Annual report on the working of the mental hospitals in the Madras Presidency - 1912-1932
Year: 1912
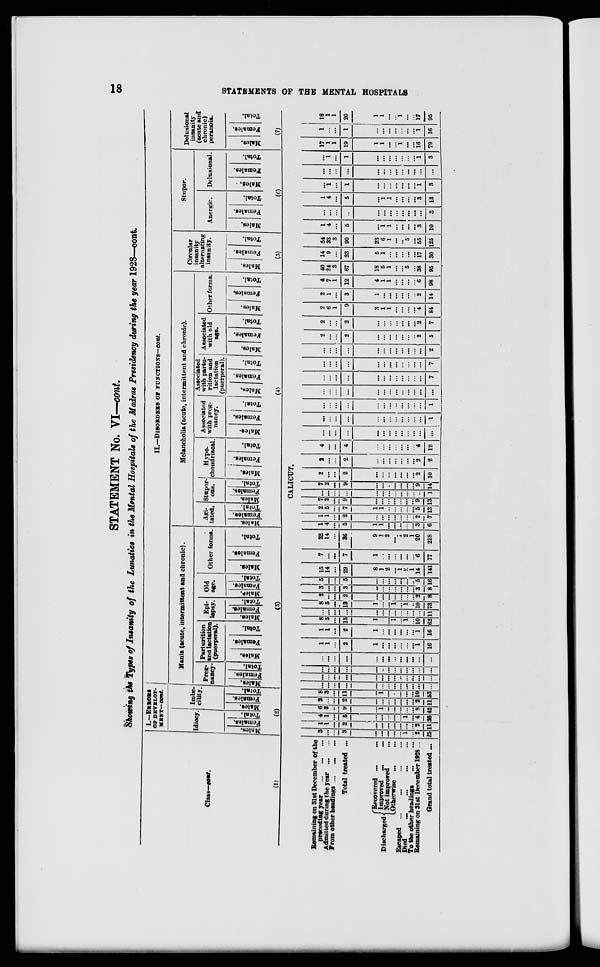
18
STATEMENTS OF THE MENTAL HOSPITALS
STATEMENT No. VI—cont.
Showing the Types of Insanity of the Lunatics in the Mental Hospitals of the Madras Presidency during the year 1928—cont.
Class—cont.
(1)
I.—ERRORS
OF DEVELOP
MENT—cont.
Idiocy
Males.
Females.
Total.
Imbe¬
cility.
Males.
Females.
Total.
(2)
II.—DISORDERS OF FUNCTIONS—cont.
Mania (acute, intermittent and chronic).
Preg-
nancy
Males.
Females.
Total.
Parturition
and lactation
(puerperal).
Males.
Females.
Total.
Epi¬
lepsy.
Males.
Females.
Total.
Old
age.
Males.
Females.
Total.
Other forms.
Males.
Females.
Total.
(3)
Melancholia (acute, intermittent and chronic).
Agi-
-ated.
Mal es . Femal es .
Total.
Stupor¬
ous.
Mal es .
Femal es .
Total.
Hypo-
chondriacal.
Males.
Females.
Total.
Associated
with preg-
nancy.
Males.
Females.
Total.
Associated
with partu-
rition and
lactation
(puerperal).
Males.
Females.
Total.
Associated
with old
age.
Males.
Females.
Total.
Other forms.
Males.
Females.
Total.
(4)
Circular
insanity
alternating
insanity.
Males.
Females.
Total.
(5)
Stupor.
Anergic.
Males.
Females.
Total.
Delusional.
Males.
Females.
Total.
(6)
Delusional
insanity
(acute and
chronic)
peranoia.
Males.
Females.
Total.
(7)
CALICUT.
Remaining on 31st December of the
preceding year ... ... ... ...
Admitted during the year ... ...
From other handings ... ... ...
Total treated ...
Discharged
Recovered ... ...
Improved ... ...
Not improved
...
Otherwise ... ...
Escaped
...
...
...
...
Died.
...
...
...
...
To the other headings
... ...
Remaining on 31st December 1928...
Grand total treated
3
...
...
3
...
...
...
...
...
1
...
2
25
1
1
...
2
...
...
...
...
...
...
...
2
11
4
1
...
5
...
...
...
...
...
1
...
4
36
6
3
...
9
...
1
...
...
...
...
...
8
42
2
...
...
2
...
...
...
...
...
...
...
2
11
8
3
...
11
...
1
...
...
...
...
...
10
53
...
...
...
...
...
...
...
...
...
...
...
...
...
...
...
...
...
...
...
...
...
...
...
...
...
...
...
...
...
...
...
...
...
...
...
...
...
...
...
...
...
...
...
...
...
...
...
...
...
...
...
...
1
1
...
2
1
...
...
...
...
...
...
1
16
1
1
...
2
1
...
...
...
...
...
...
1
16
8
5
...
13
1
...
...
...
...
1
...
10
62
...
...
...
...
...
...
...
...
...
...
...
...
11
8
5
...
13
1
...
...
1
...
1
..
10
73
2
...
...
2
...
...
...
...
...
...
...
2
8
3
...
...
3
...
...
...
...
...
...
...
3
8
5
...
...
5
...
...
...
...
...
...
...
5
16
15
14
...
29
8
1
2
...
1
2
1
14
141
7
...
...
7
1
...
...
...
...
...
...
6
77
22
14
...
36
9
1
2
...
1
2
1
20
218
1
4
...
5
1
1
...
...
...
...
...
3
6
1
1
...
2
...
...
...
...
...
...
...
2
7
2
5
...
7
...
1
...
...
...
...
...
5
13
7
2
...
9
...
...
...
...
...
...
...
9
13
...
...
...
...
...
...
...
...
...
...
..
1
7
2
...
9
...
...
...
...
...
...
...
9
14
2
...
...
2
...
...
...
...
...
...
...
2
10
2
...
...
2
...
...
...
...
...
...
...
2
2
4
...
...
4
...
...
...
...
...
...
...
4
12
...
...
...
...
...
...
...
...
...
...
...
...
...
...
...
...
...
...
...
...
...
...
...
...
1
...
...
...
...
...
...
...
...
...
...
...
...
1
...
...
...
...
...
...
...
...
...
...
...
...
...
...
...
...
...
...
...
...
...
...
...
...
7
...
...
...
...
...
...
...
...
...
...
...
...
7
...
...
...
...
...
...
...
...
...
...
...
2
2
...
...
2
...
...
...
...
...
...
2
5
2
...
...
2
...
...
...
...
...
...
2
7
2
6
1
9
3
1
1
...
...
...
...
4
84
2
1
...
3
1
...
...
...
...
...
2
14
4
7
1
12
4
1
1
...
...
...
...
6
98
40
24
3
67
18
5
1
...
...
5
...
38
95
14
9
...
23
5
1
...
...
...
...
...
17
30
54
33
3
90
23
6
1
...
...
5
...
55
125
1
4
...
5
...
1
1
...
...
...
3
10
...
...
...
..
...
...
...
...
...
...
...
3
1
4
...
5
...
1
1
...
...
...
...
3
13
...
1
...
1
...
...
...
...
...
...
...
1
3
...
...
...
...
...
...
...
...
...
...
...
...
...
...
1
...
1
...
...
...
...
...
...
...
1
3
17
1
1
19
1
1
...
...
1
...
...
16
79
1
...
...
1
...
...
...
...
...
...
...
1
16
18
1
1
20
1
1
...
...
1
...
...
17
95